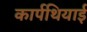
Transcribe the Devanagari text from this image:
कार्पथियाई